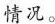
情况。